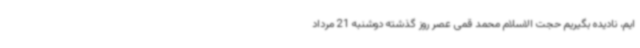
ایم، نادیده بگیریم حجت الاسلام محمد قمی عصر روز گذشته دوشنبه 21 مرداد